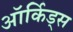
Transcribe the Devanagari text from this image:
ऑर्किड्‌स